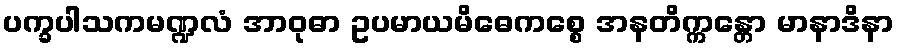
ပက္ခပါသကမဏ္ဍလံ အာဝုဓာ ဥပမာယမိဓေကစ္စေ အနတိက္ကန္တော မာနာဒိနာ